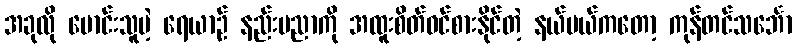
အခုလို မောင်းသူမဲ့ ရေယာဉ် နည်းပညာကို အထူးစိတ်ဝင်စားနိုင်တဲ့ နယ်ပယ်ကတော့ ကုန်တင်သင်္ဘော